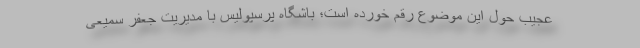
عجیب حول این موضوع رقم خورده است؛ باشگاه پرسپولیس با مدیریت جعفر سمیعی